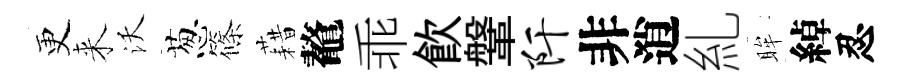
更来沃葱篠藉鼇乖飮鞶阡非逍糺眸綽忍